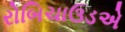
રોબિચાઉડએ